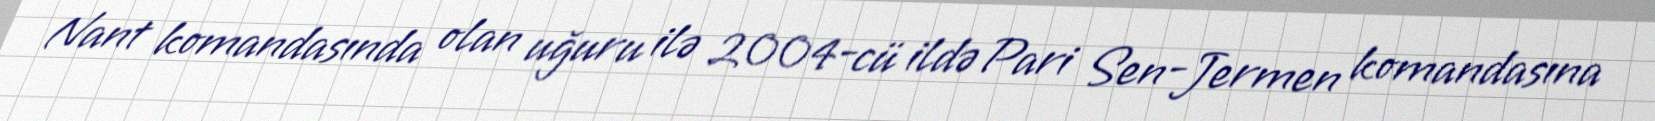
Nant komandasında olan uğuru ilə 2004-cü ildə Pari Sen-Jermen komandasına